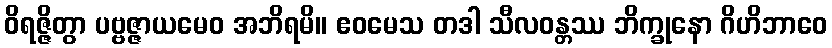
ဝိရဇ္ဇိတွာ ပဗ္ဗဇ္ဇာယမေဝ အဘိရမိ။ ဧဝမေသ တဒါ သီလဝန္တဿ ဘိက္ခုနော ဂိဟိဘာဝေ